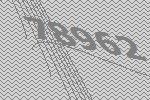
78962